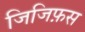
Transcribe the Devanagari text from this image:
जिजिफ़स